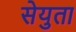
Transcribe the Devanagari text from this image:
सेयुता